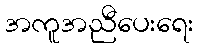
အကူအညီပေးရေး